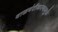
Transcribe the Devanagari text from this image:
वाळवंटीकरणामुळे